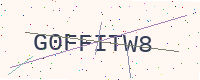
Text: G0FFITW8